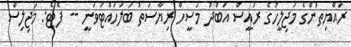
ރައްޔިތުންގެ މަޖިލީހުގެ ރައީސް އަބްދު މަސީހް ރިޔާސަތު ބަލަހައްޓަވަނީ -- ފޮޓޯ: މަޖިލިސް